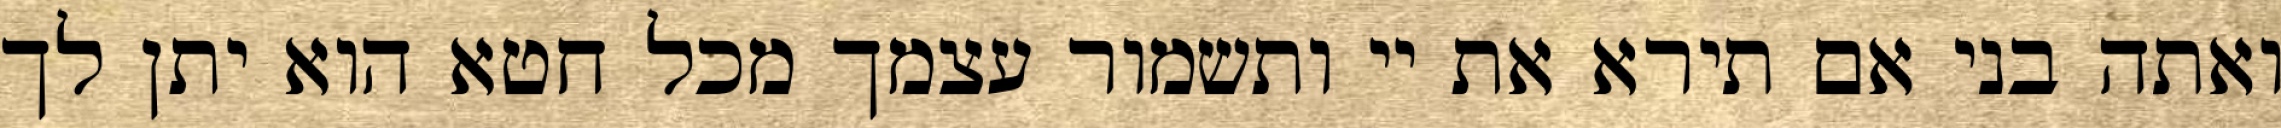
ואתה בני אם תירא את יי ותשמור עצמך מכל חטא הוא יתן לך